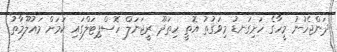
ދަންޖެހުނު މީހާގެ ހަށިގަނޑު މިވަގުތު އޮތީ ހިތަދޫ ރީޖަނަލް ހޮސްޕިޓަލްގައި ކަމަށް މައުލޫމާތު